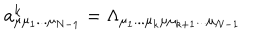
LaTeX: a _ { \mu \mu _ { 1 } . . . \mu _ { N - 1 } } ^ { k } = \Lambda _ { \mu _ { 1 } . . . \mu _ { k } \mu \mu _ { k + 1 } . . . \mu _ { N - 1 } }